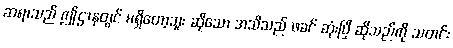
ဆရာသည် ဤဌာနတွင် မရှိတော့ဘူး ဆိုသော အသိသည် ဖခင် ဆုံးပြီ ဆိုသည်ကို သတင်း